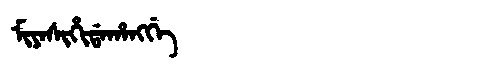
Manchu: ᠮᡳᠶᠠᠰᡳᡥᡳᡩᠠᡥᠠᠩᡤᡝ
Romanization: MIYASIHIDAHANGGE